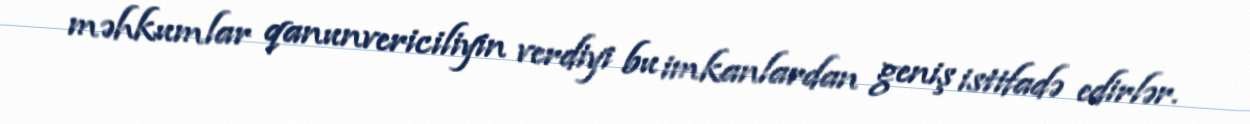
məhkumlar qanunvericiliyin verdiyi bu imkanlardan geniş istifadə edirlər.